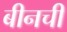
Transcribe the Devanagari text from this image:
बीनची